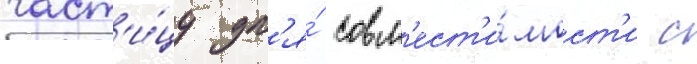
част'и́цу дл'я́ совм'ест'и́мост'и с